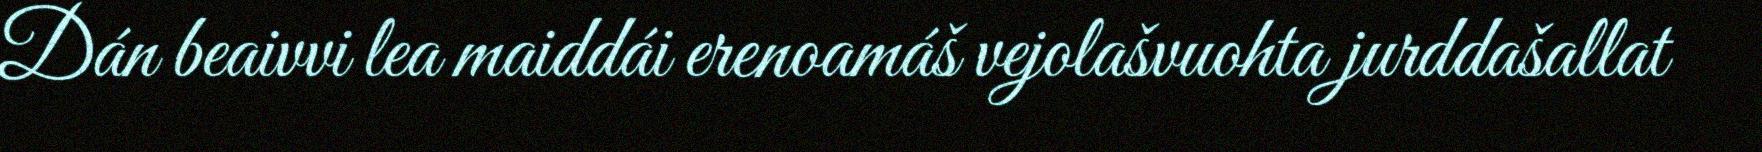
Dán beaivvi lea maiddái erenoamáš vejolašvuohta jurddašallat